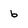
Character: b